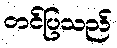
တင်ပြသည်